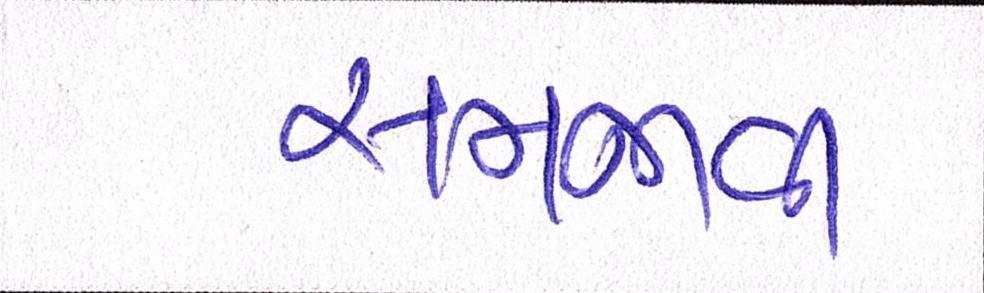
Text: સમજાવી